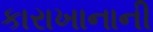
કારાખાનાની